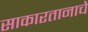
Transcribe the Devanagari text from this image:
साकारतानाचे